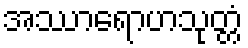
အဿာရောဟသုတ္တံ